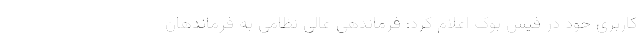
کاربری خود در فیس بوک اعلام کرد: فرماندهی عالی نظامی به فرماندهان